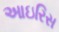
આઇરિસ